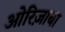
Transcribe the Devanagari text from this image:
ओरिज़ाबा